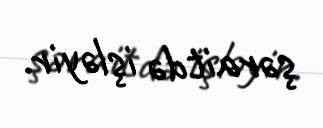
şəraitdə işləyir.